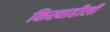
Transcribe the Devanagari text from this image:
किस्वाहीली